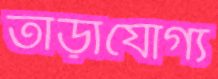
তাড়াযোগ্য